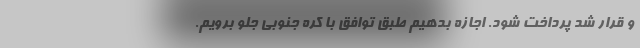
و قرار شد پرداخت شود. اجازه بدهیم طبق توافق با کره جنوبی جلو برویم.